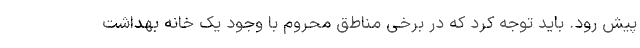
پیش رود. باید توجه کرد که در برخی مناطق محروم با وجود یک خانه بهداشت